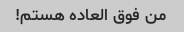
من فوق العاده هستم!